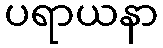
ပရာယနာ